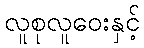
လူစုလူဝေးနှင့်